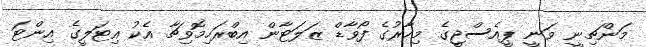
މަންޗިނީ ވަނީ ޕީއެސްޖީގެ މިހާރުގެ ފޯވާޑް ޒަލަޓާން އިބްރަހިމޮވިޗާ އެކު އިޓަލީގެ އިންޓަ